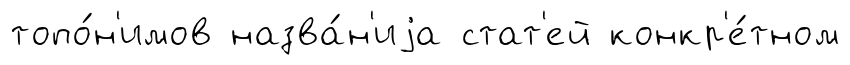
топо́н'имов назва́н'иjа стат'ей конкр'е́тном